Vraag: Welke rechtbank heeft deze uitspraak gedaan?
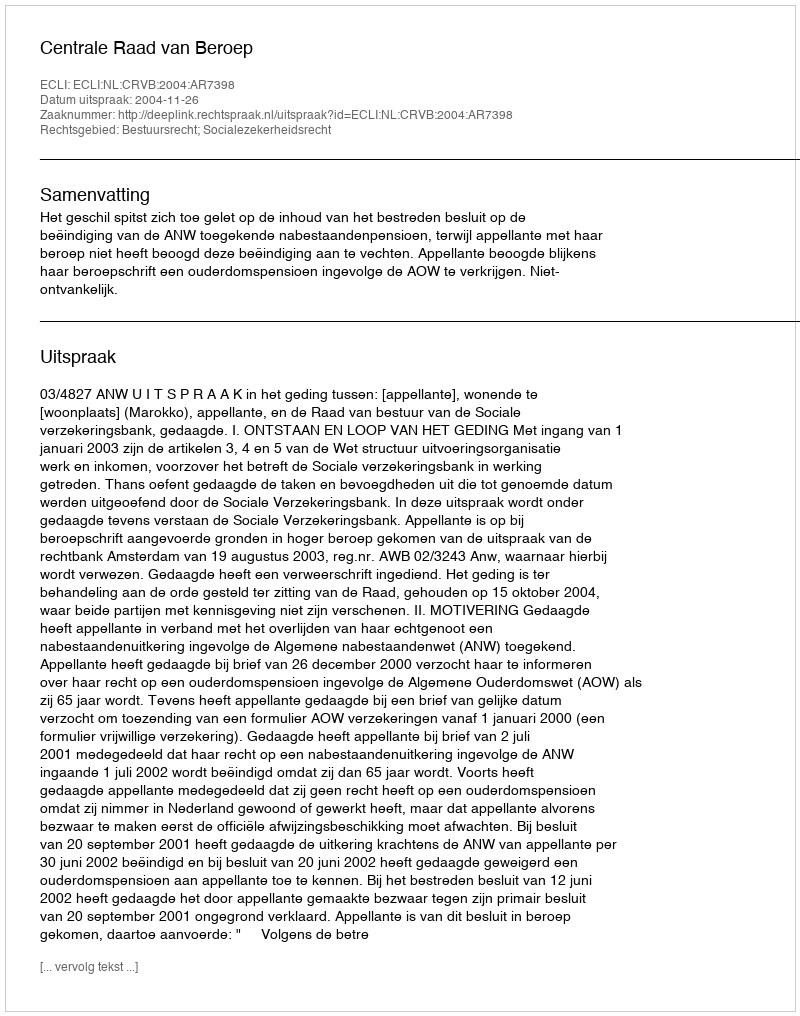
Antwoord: Centrale Raad van Beroep